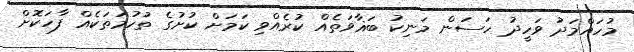
މުހައްމަދު ވަހީދު ހަސަން މަނިކު ބަޣާވަތެއް ކުރެއްވި ކަމަށް ކުށުގެ ތުހުމަތަކެއް ފާހަކޮށް